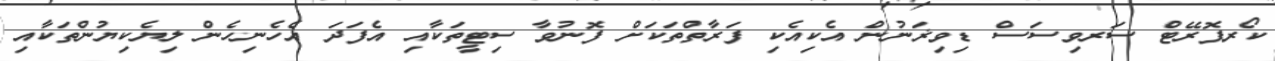
ކޯރޕޮރޭޓް ސަރވިސަސް ޑިވިޜަނުން އެކިއެކި ފަރާތްތަކަށް ފޮނުވާ ސިޓީތަކާއި އެފަދަ އެހެނިހެން ލިޔެކިޔުންތަކާއި